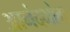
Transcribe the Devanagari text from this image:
आनंदभोग